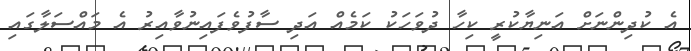
އެ ކުދިންނަށް އަނިޔާކުރީ ކިހާ ދުވަހަކު ކަމެއް އަދި ސާފުވެފައިނުވާއިރު އެ މައްސަލާގައި